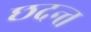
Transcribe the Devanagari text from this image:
छदन्त